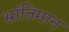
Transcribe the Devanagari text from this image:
भ्रांतिमान